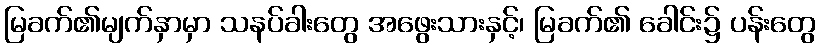
မြခက်၏မျက်နှာမှာ သနပ်ခါးတွေ အဖွေးသားနှင့်၊ မြခက်၏ ခေါင်း၌ ပန်းတွေ